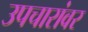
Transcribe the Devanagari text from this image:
उपचारांवर